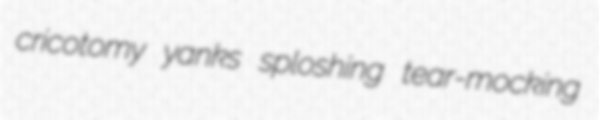
cricotomy yanks sploshing tear-mocking